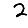
Digit: 2